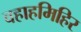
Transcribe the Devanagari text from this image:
वहाहमिहिर